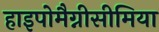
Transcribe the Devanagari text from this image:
हाइपोमैग्नीसीमिया